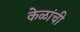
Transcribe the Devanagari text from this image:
केळांची